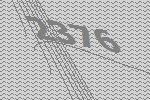
2376